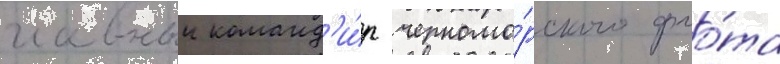
главныи команд'и́р черномо́рского фло́та